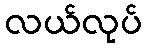
လယ်လုပ်